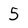
Character: 5